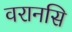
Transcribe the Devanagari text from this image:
वरानसि